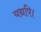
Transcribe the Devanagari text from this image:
यद्यपि।